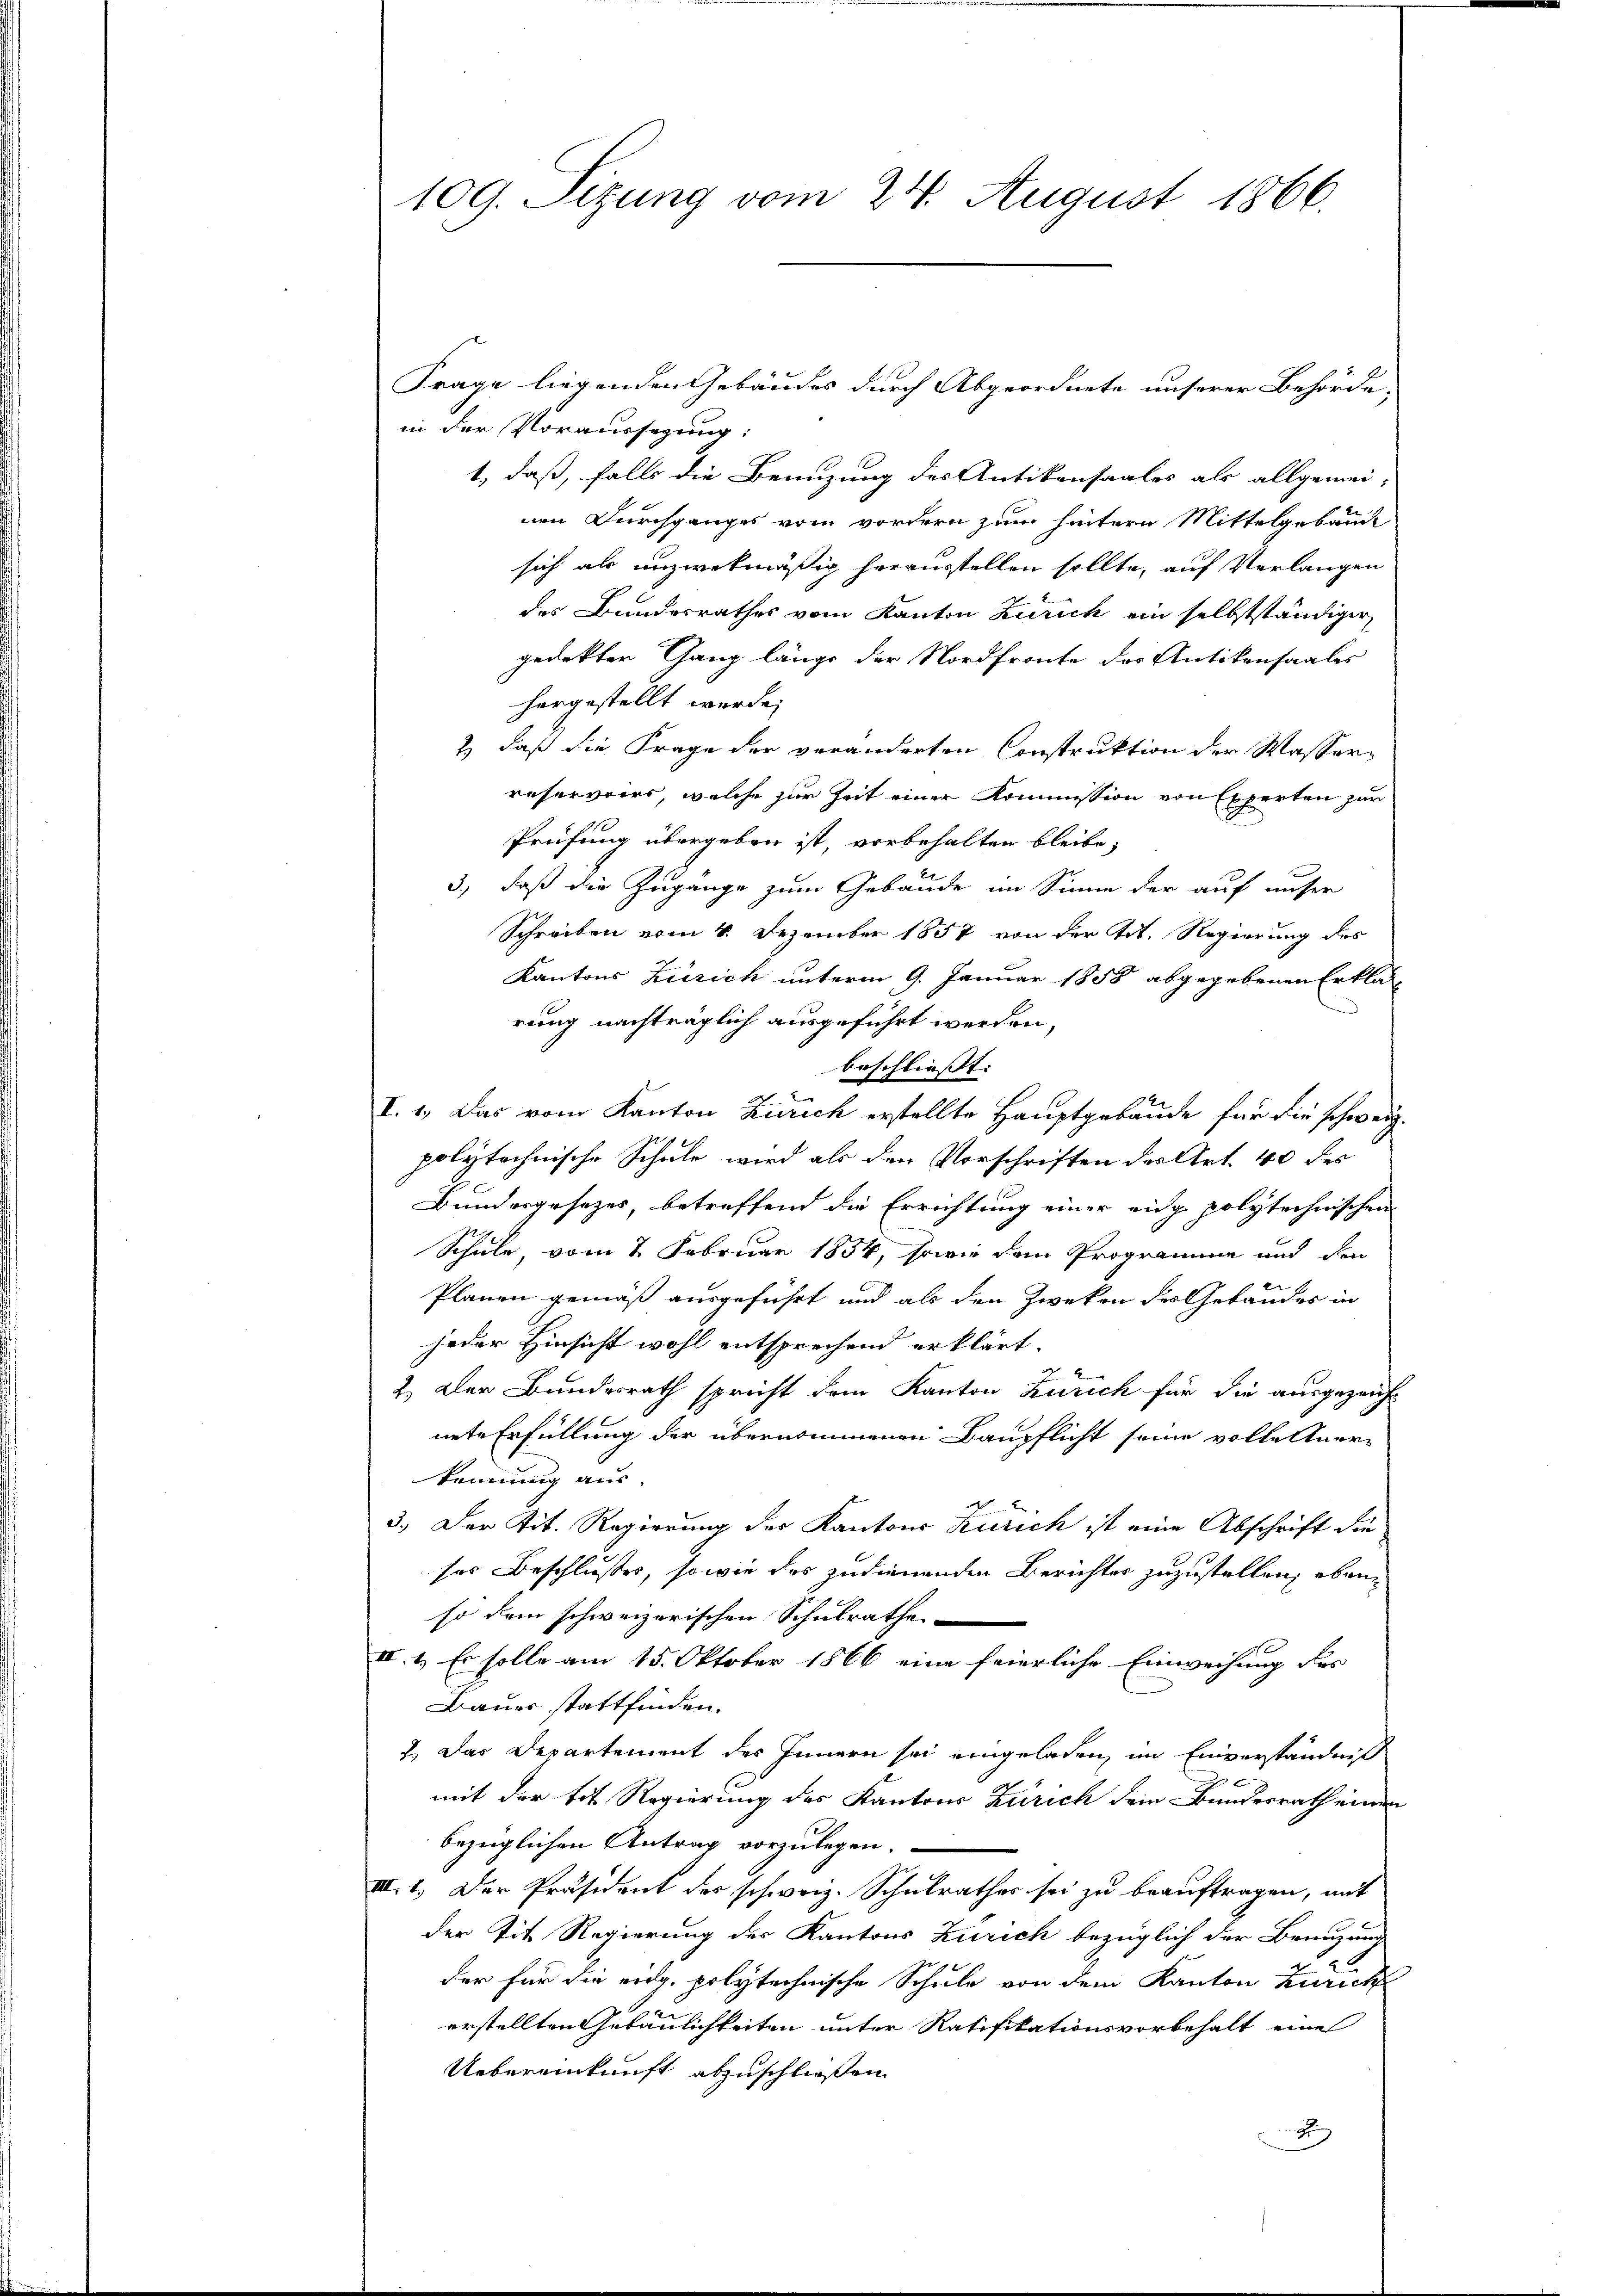
109. Sizung vom 24. August 1866.

Frage liegenden Gebäudes durch Abgeordnete unserer Behörde;
in der Voraussezung:
t, daß, falls die Benuzung des Antikensaales als allgemei-
nen Durchganges vom vordern zum hintern Mittelgebäude
sich als unzwekmäßig herausstellen sollte, auf Vorlangen
des Bundesrathes vom Kanton Zürich ein selbstständiger
gedekter Gang längs der Nordfronte des Antikensaales
hergestellt werde;
t) daß die Frage der veränderten Construktion der Wasserreservoirs, welche zur Zeit einer Kommission von Experten zur
Prüfung übergeben ist, vorbehalten bleibe,
3., daß die Zugänge zum Gebäude im Sinne der auf unser
Schreiben vom 4. Dezember 1857 von der tit. Regierung des
Kantons Zürich unterm 9. Januar 1858 abgegebenen Erklär
rung nachträglich ausgeführt werden,
beschliesst. |
I. 1. Das vom Kanton Zürich erstellte Hauptgebäude für die schweiz.
polytechnische Schule wird als den Vorschriften des Art. 40 des
Bundesgesezes, betreffend die Errichtung einer eidg polytechnischen
Schule, vom 2 Februar 1854, sowie den Programme und den
Planen gemäß ausgeführt und als den Zweken des Gebäudes in
jeder Hinsicht wohl entsprechend erklärt.
2. Der Bundesrath spricht dem Kanton Zürich für die ausgezeicht
nete Erfüllung der übernommenen Baupflicht seine volle Aner-
kennung aus.
3.) Der Tit. Regierung der Kantons Zürich ist eine Abschrift die
ses Beschlusses, so wie des zudienenden Berichtes zuzustellen; ebenso dem schweizerischen Schulrathe
II. 1. Es solle am 15. Oktober 1866 eine feierliche Einweisung des
Bauer stattfinden.
2.) Das Departement des Innern sei eingeladen, im Einverständniß

mit der tit. Regierung des Kantons Zürich dein Bundesrath einen
bezüglichen Antrag vorzulegen.
III. 1. Der Präsident des schweiz. Schulrathes sei zu beauftragen, mit
der Tit. Regierung des Kantons Zürich bezüglich der Brünzung
der für die eidg. polytechnische Schule von dem Kanton Zürich
erstellten Gebäulichkeiten unter Ratifikationsvorbehalt eine
Uebereinkunft abzuschließen
2